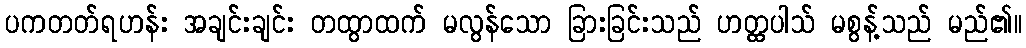
ပကတတ်ရဟန်း အချင်းချင်း တထွာထက် မလွန်သော ခြားခြင်းသည် ဟတ္ထပါသ် မစွန့်သည် မည်၏။